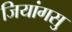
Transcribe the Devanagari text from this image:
जियांगसु